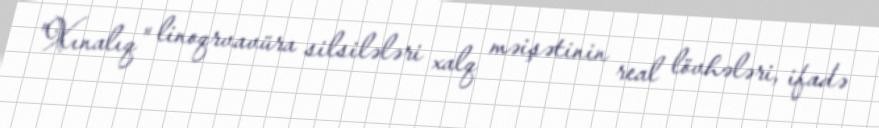
"Xınalıq" linoqrvavüra silsilələri xalq məişətinin real lövhələri, ifadə